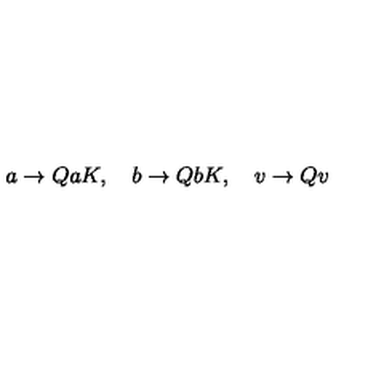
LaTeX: a \rightarrow Q a K , \quad b \rightarrow Q b K , \quad v \rightarrow Q v